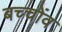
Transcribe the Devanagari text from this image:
बच्चोंव